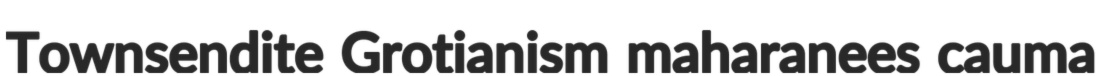
Townsendite Grotianism maharanees cauma